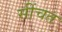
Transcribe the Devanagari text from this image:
सींचत